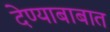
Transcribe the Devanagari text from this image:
देण्याबाबात